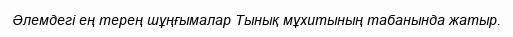
Әлемдегі ең терең шұңғымалар Тынық мұхитының табанында жатыр.